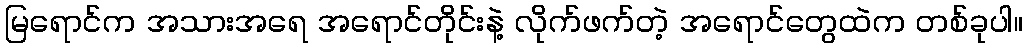
မြရောင်က အသားအရေ အရောင်တိုင်းနဲ့ လိုက်ဖက်တဲ့ အရောင်တွေထဲက တစ်ခုပါ။